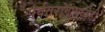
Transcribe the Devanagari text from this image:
पर्वतरांगामध्येही